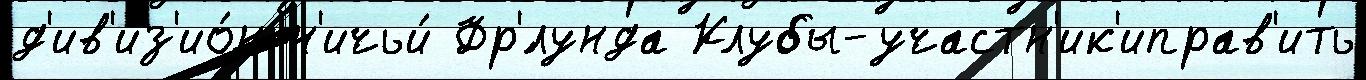
д'ив'из'ио́н н'ичьи́ Фр'́лунда Клубы-участн'ик'иправ'ить